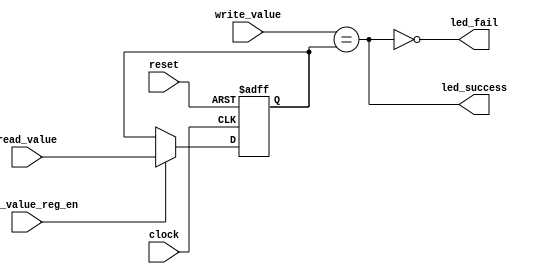
module Comparador(clock, reset, write_value, read_value, 
	read_value_reg_en, led_success, led_fail);
	
	input clock, reset, read_value_reg_en;
	input [3:0] write_value, read_value;
	output led_success, led_fail;

	//Variable que guarda el valor del valor leido
	reg [3:0] read_value_reg;
	
	assign led_success = (write_value == read_value_reg);
	assign led_fail = ~led_success;
				
	//Guarda el valor leido en un registro con el enable
	always @( posedge clock or posedge reset)
		begin
			if(reset)
				begin
					read_value_reg <= 4'b0;
				end
			else if (read_value_reg_en)
				begin
					read_value_reg <= read_value;
				end
		end
		
endmodule